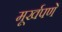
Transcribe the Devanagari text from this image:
मूर्खपणें